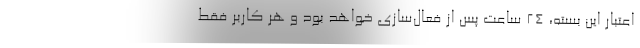
اعتبار این بسته، ۲۴ ساعت پس از فعال‌سازی خواهد بود و هر کاربر فقط